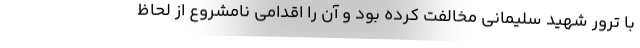
با ترور شهید سلیمانی مخالفت کرده بود و آن را اقدامی نامشروع از لحاظ